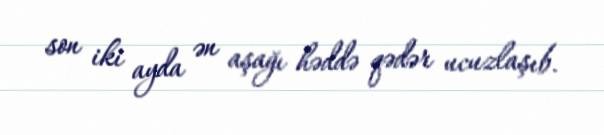
son iki ayda ən aşağı həddə qədər ucuzlaşıb.